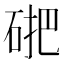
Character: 𱴃